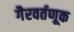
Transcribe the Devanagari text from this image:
गैरवर्तणूक